Vaccination North-Western Provinces 1866-1877 - 1866-1877
Year: 1866
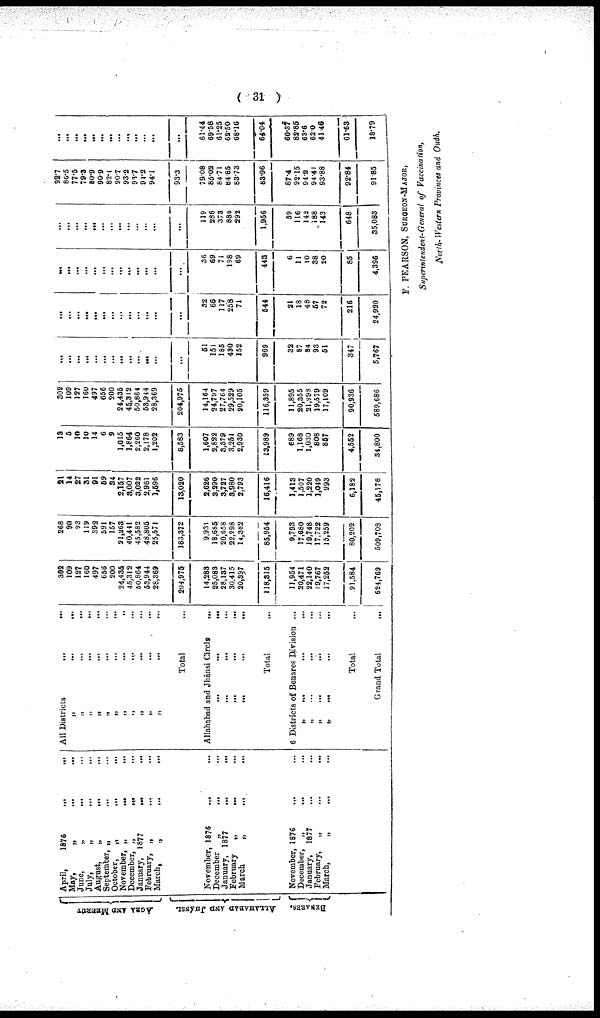
( 31 )
AGRA AND MEERUT
ALLAHABAD AND JHÁNSI
BENAEES.
April,
1876 ... ...
May,
„ ... ...
June,
„ ... ...
July,
„ ... ...
August,
„ ... ...
September, „ ... ...
October,
„ ... ...
November, „
...
...
December, „
...
...
January, 1877
... ...
February, „ ... ...
March,
„
...
...
November, 1876
...
...
December
„ ... ...
January, 1877 ... ...
February
„
... ...
March
„
... ...
November, 1876 ... ...
December,
„ ... ...
January,
1877 ... ...
February,
„ ... ...
March,
„ ... ...
All Districts
...
...
„ ... ...
„ ... ...
„ ... ...
„
...
...
„ ... ...
„ ... ...
„
...
..
„
...
...
„
...
...
„
...
...
„
...
...
Total ...
Allahabad and Jhánsi Circle
...
... ...
...
...
... ...
...
...
...
...
...
...
...
Total ...
6 Districts of Benares Division ....
„ ... ... ...
„ ... ... ...
„ ... ... ...
„ ... ... ...
Total ...
Grand Total
...
302
109
127
160
497
658
200
24,435
45,312
50,864
53,944
28,369
204,975
14,283
25,083
28,137
30,415
20,397
118,315
11,954
20,471
22,140
19,767
17,252
91,584
624,769
268
90
93
119
392
591
157
21,263
40,411
45,582
48,805
25,571
183,372
9,931
18,685
20,658
22,298
14,382
85,954
9,793
17,680
19,748
17,722
15,259
80,202
509,708
21
14
27
31
91
59
34
2,157
3,007
3,022
2,961
1,596
13,020
2,626
3,290
3,727
3,980
2,793
16,416
1,413
1 507
1,220
1,049
993
6,182
45,178
18
5
10
10
14
6
9
1,015
1,864
2,260
2,178
1,202
3,583
1,607
2,822
3,379
3,251
2,930
13,989
689
1 168
1,030
808
857
4,552
34,800
302
109
127
160
497
656
200
24,435
45,312
50,864
53,944
28,369
204,975
14,164
24,797
27,764
29,529
20,105
116,359
11,895
20,355
21,993
19,579
17,109
90,936
589,686
...
...
...
...
...
...
...
...
...
...
...
...
...
51
151
185
430
152
969
32
87
84
93
51
347
5,767
...
...
...
...
...
...
...
...
...
...
...
...
...
32
66
117
258
71
544
21
18
48
57
72
216
24,920
...
...
...
...
...
...
...
...
...
...
...
...
...
36
69
71
198
69
443
6
11
10
38
20
85
4,396
...
...
...
...
...
...
...
...
...
...
...
...
...
119
286
373
886
292
1,956
59
116
142
188
143
648
35,083
98.7
86.5
77.5
79.3
80.9
90.9
82.1
90.7
93.2
93.7
94.2
94.1
93.3
79.08
85.02
84.71
84.85
83.73
83.96
87.4
92.15
94.2
94.41
93.88
92.84
91.85
...
...
...
...
...
...
...
...
...
...
...
...
...
61.44
69.58
61.25
62.50
68.16
64.04
60.37
82.85
63.6
62.0
41.46
61.63
18.79
F. PEARSON, SURGEON-MAJOR,
Superintendent-General of Vaccination,
North-Western Provinces and Oudh.